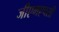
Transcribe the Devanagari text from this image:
जीएमएचसी